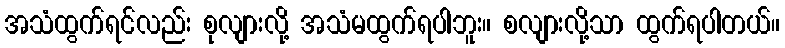
အသံထွက်ရင်လည်း စုလျားလို့ အသံမထွက်ရပါဘူး။ စလျားလို့သာ ထွက်ရပါတယ်။